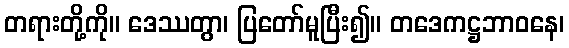
တရားတို့ကို။ ဒေဿတွာ၊ ပြတော်မူပြီး၍။ တဒေကဋ္ဌဘာဝနေ၊